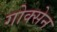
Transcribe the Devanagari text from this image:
गोक्सेन